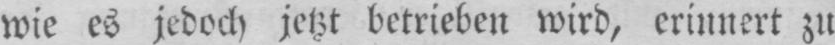
wie es jedoch jetzt betrieben wird, erinnert zu